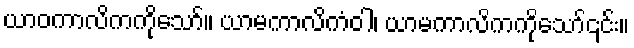
ယာဝကာလိကကိုသော်။ ယာမကာလိကံဝါ၊ ယာမကာလိကကိုသော်၎င်း။